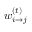
w _ { i \rightarrow j } ^ { ( t ) }